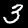
Label: 3